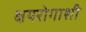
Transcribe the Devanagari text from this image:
क्षयरोगाशी